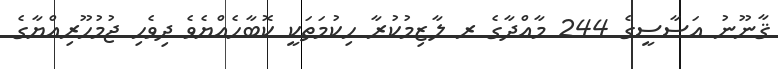
ޤާނޫނު އަސާސީގެ 244 މާއްދާގެ ރ ލާޒިމުކުރާ ހިކުމަތަކީ ކޮބާހެއްޔެވެ ދިވެހި ޖުމުހޫރިއްޔާގެ